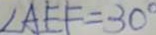
\angle A E F = 3 0 ^ { \circ }